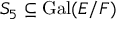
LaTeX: S _ { 5 } \subseteq \operatorname { G a l } ( E / F )